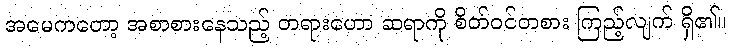
အမေကတော့ အစာစားနေသည့် တရားဟော ဆရာကို စိတ်ဝင်တစား ကြည့်လျက် ရှိ၏။